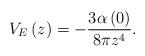
LaTeX: \begin{align*}V_{E}\left( z\right) =-\frac{3\alpha \left( 0\right) }{8\pi z^{4}}.\end{align*}